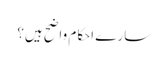
سارے احکام واضح ہیں؟